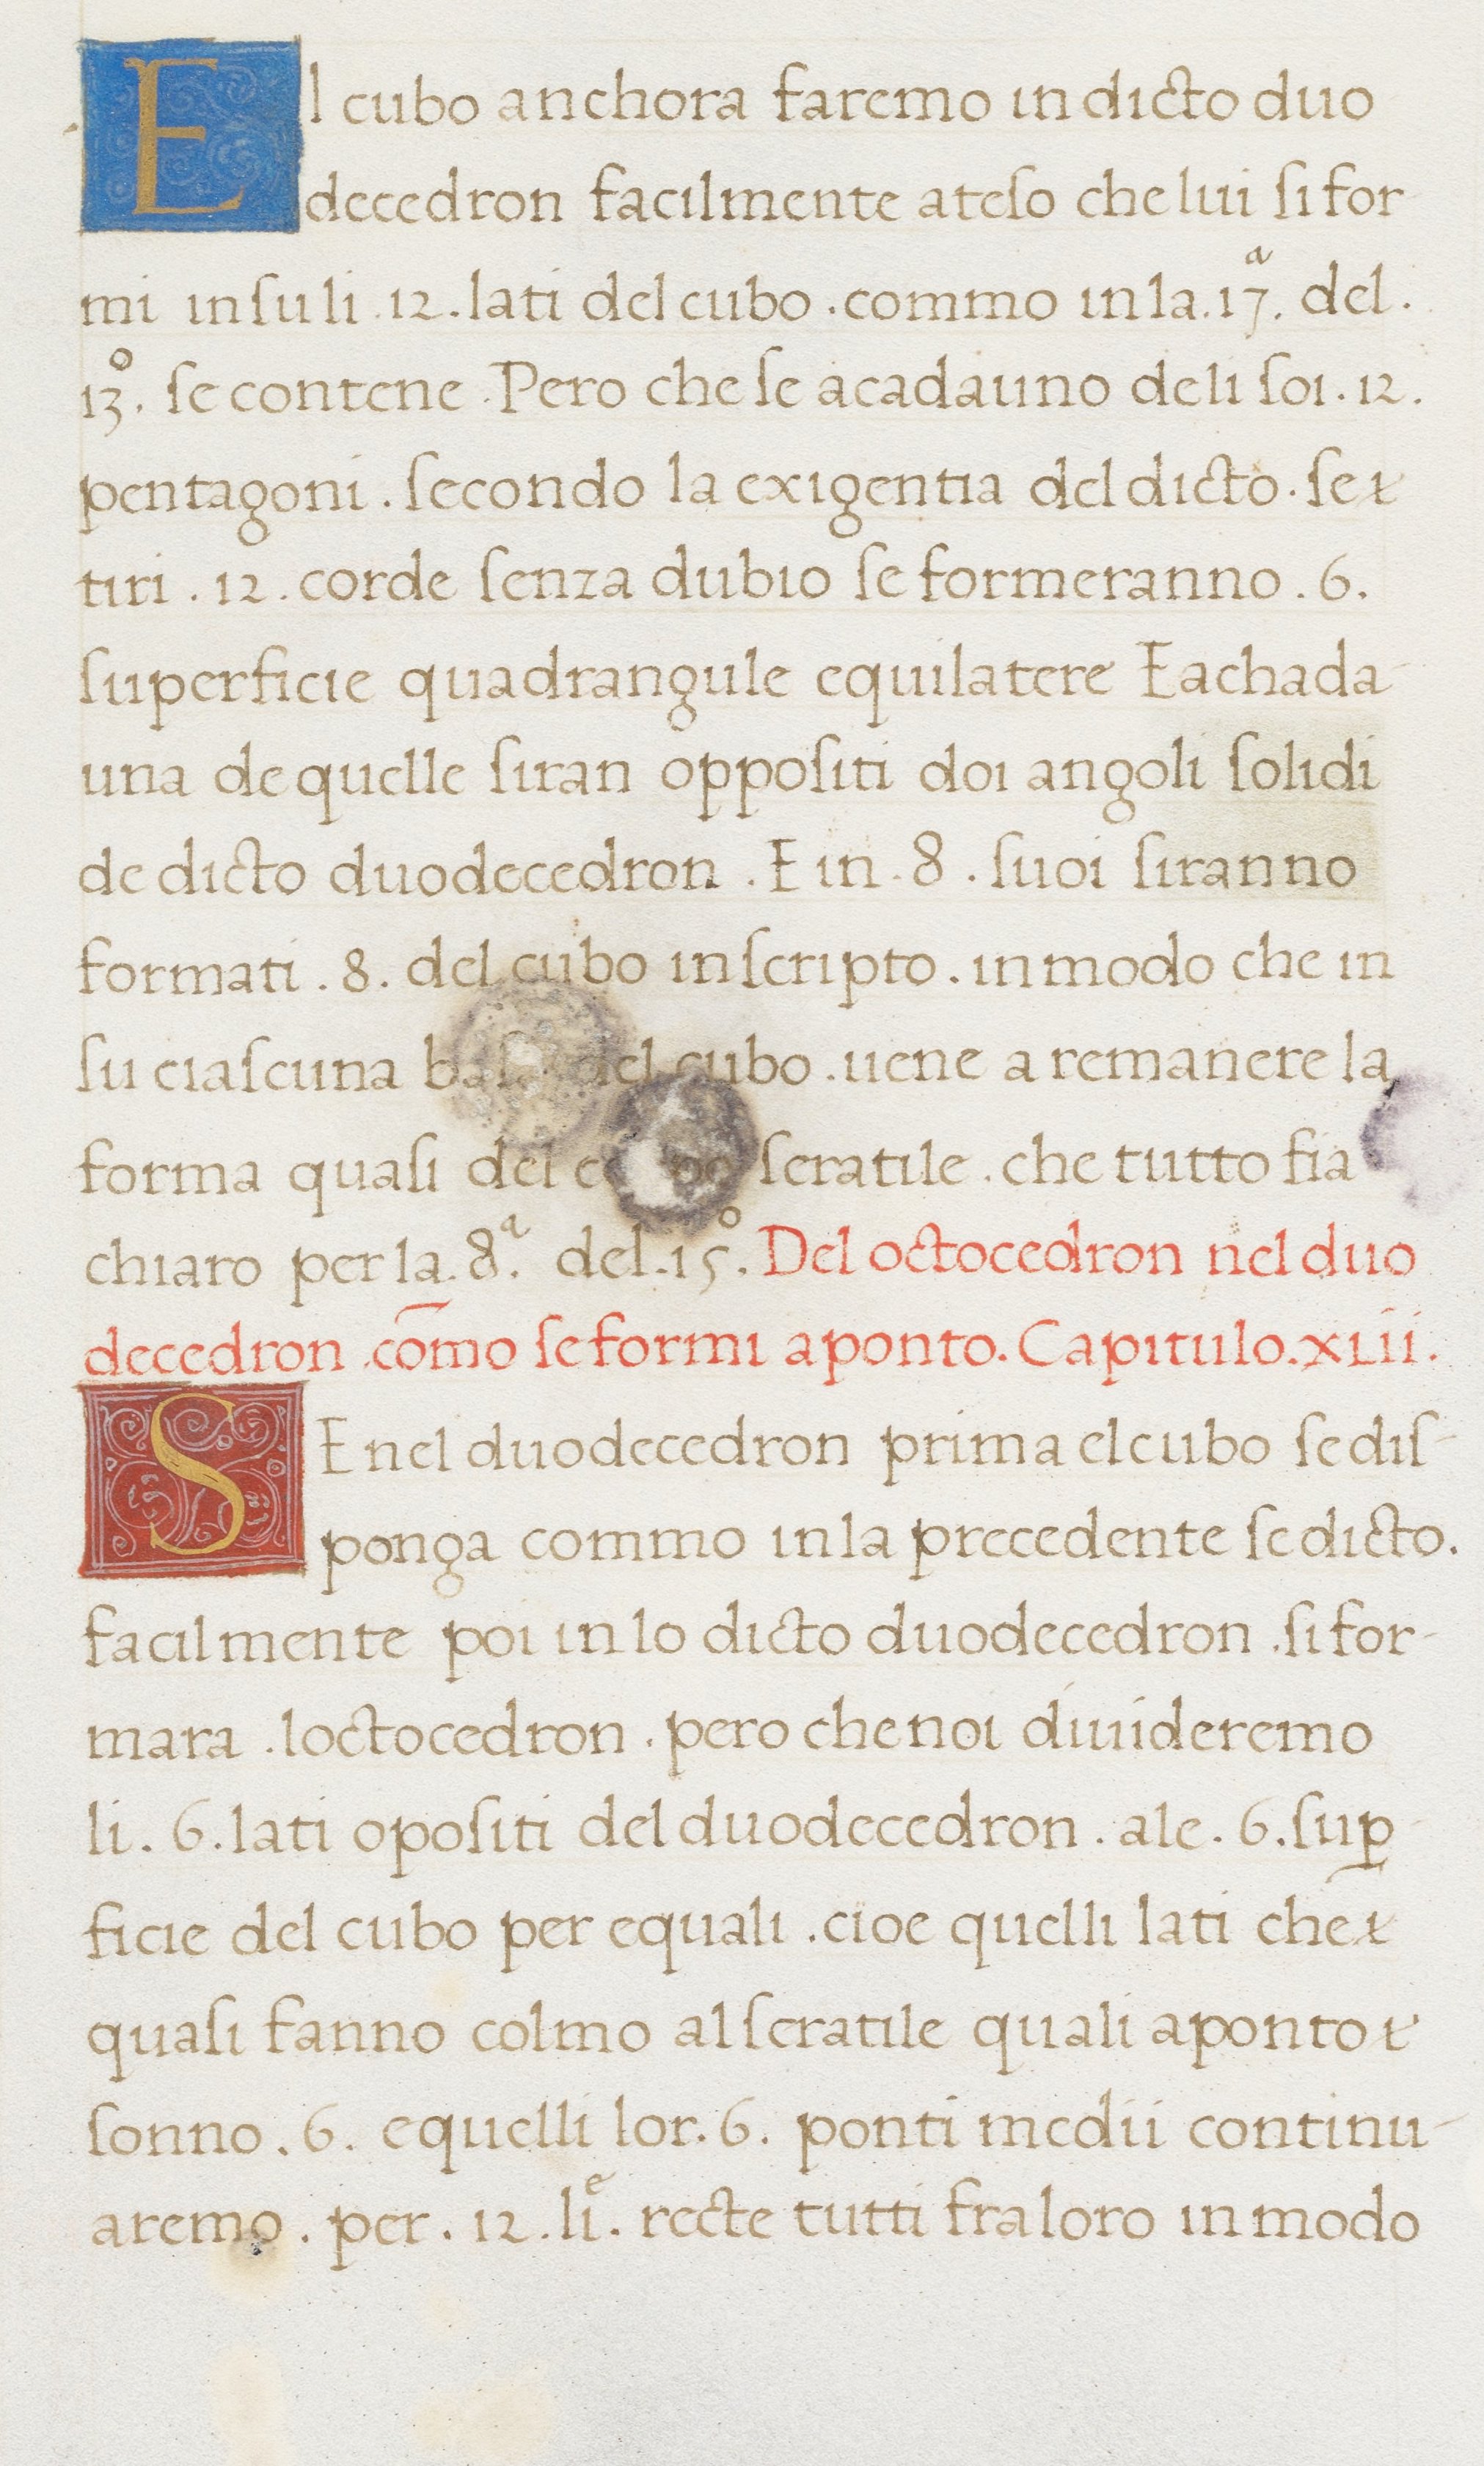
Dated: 1498–1498